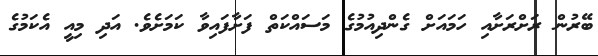
ބޭރުން ރަށްރަށާއި ހަމައަށް ގެންދިއުމުގެ މަސައްކަތް ފަށާފައިވާ ކަމަށެވެ. އަދި މިއީ އެކަމުގެ